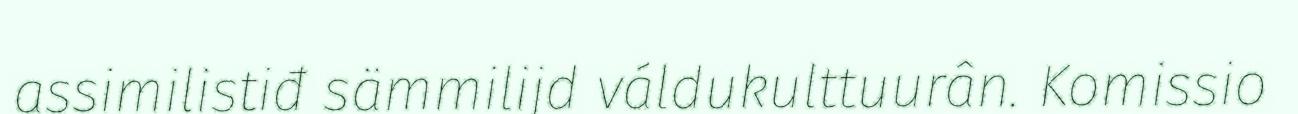
assimilistiđ sämmilijd váldukulttuurân. Komissio